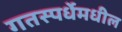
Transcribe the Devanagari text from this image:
गतस्पर्धेमधील